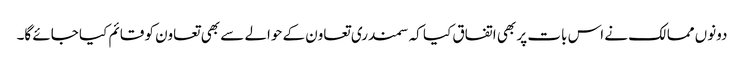
دونوں ممالک نے اس بات پر بھی اتفاق کیا کہ سمندری تعاون کے حوالے سے بھی تعاون کو قائم کیا جائے گا۔